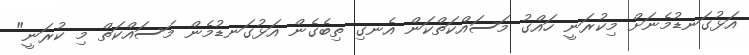
އަޅުގަނޑުމެނަށް މިކުރަނީ ހައްގު މަސައްކަތްކަން އެނގި ތިބެގެން އަޅުގަނޑުމެން މަސައްކަތް މި ކުރަނީ"